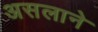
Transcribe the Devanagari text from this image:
असलाने